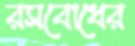
রসবোধের